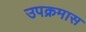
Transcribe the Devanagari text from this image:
उपक्रमास